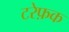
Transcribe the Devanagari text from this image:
टरेफ़क